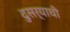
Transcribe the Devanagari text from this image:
दुसर्याची